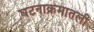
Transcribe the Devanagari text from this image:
घटनाक्रमातली